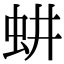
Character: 𬟷